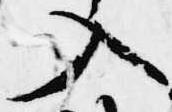
入